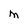
Character: M